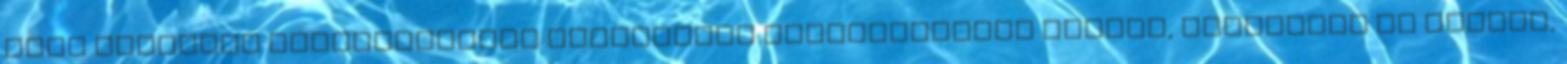
vagy plurális párválasztási repertoárt eredményeznek Belsky, Steinberg és Draper,